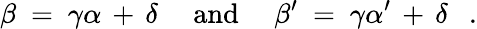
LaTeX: \beta~=~\gamma\alpha\, +\, \delta~~~~~\mathrm{and}~~~~~\beta^{\prime}~=~\gamma\alpha^{\prime}\, +\, \delta~~~.